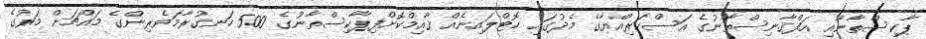
ޕާކިސްތާނާއި އަފްޤާނިސްތާނުގެ އަސްކަރިއްޔާގެ މެދުގައި ހޮޓްލައިނެއް ޤާއިމްކޮށްފިޕާކިސްތާނުގެ 500 ހަނގުރާމަވެރިންގެ މައްޗަށް މަރުގެ